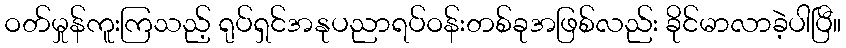
ဝတ်မှုန်ကူးကြသည့် ရုပ်ရှင်အနုပညာရပ်ဝန်းတစ်ခုအဖြစ်လည်း ခိုင်မာလာခဲ့ပါပြီ။